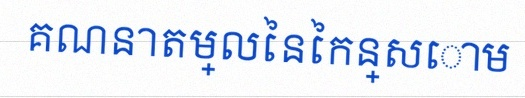
គណនាតម្លៃនៃកន្សោម